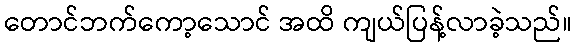
တောင်ဘက်ကော့သောင် အထိ ကျယ်ပြန့်လာခဲ့သည်။